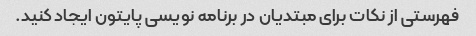
فهرستی از نکات برای مبتدیان در برنامه نویسی پایتون ایجاد کنید.